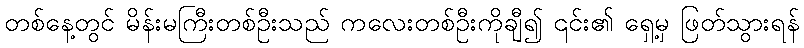
တစ်နေ့တွင် မိန်းမကြီးတစ်ဦးသည် ကလေးတစ်ဦးကိုချီ၍ ၎င်း၏ ရှေ့မှ ဖြတ်သွားရန်